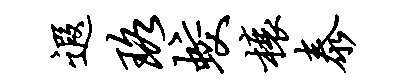
遐珞蛟榱泰